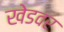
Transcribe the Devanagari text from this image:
खेडवर